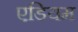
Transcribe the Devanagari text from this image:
एडियम